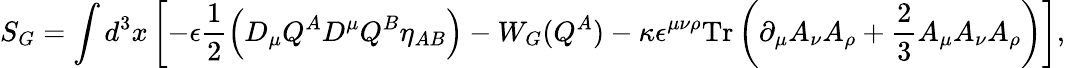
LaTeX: S_{G}=\int d^{3}x\left[-\epsilon\frac{1}{2}\left(D_{\mu}Q^{A}D^{\mu}Q^{B}\eta_{AB}\right)-W_{G}(Q^{A})-\kappa\epsilon^{\mu\nu\rho}\mathrm{Tr}\left(\partial_{\mu}A_{\nu}A_{\rho}+\frac{2}{3}A_{\mu}A_{\nu}A_{\rho}\right)\right],